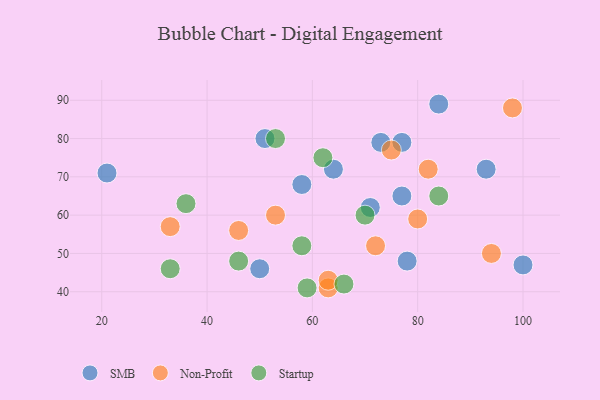
{"axis": {"x": "GDP", "y": "Life Expectancy"}, "legend": ["Non-Profit", "SMB", "Startup"], "data": [{"x": "93", "y": 72, "type": "SMB"}, {"x": "64", "y": 72, "type": "SMB"}, {"x": "58", "y": 68, "type": "SMB"}, {"x": "77", "y": 79, "type": "SMB"}, {"x": "77", "y": 65, "type": "SMB"}, {"x": "100", "y": 47, "type": "SMB"}, {"x": "78", "y": 48, "type": "SMB"}, {"x": "21", "y": 71, "type": "SMB"}, {"x": "71", "y": 62, "type": "SMB"}, {"x": "51", "y": 80, "type": "SMB"}, {"x": "50", "y": 46, "type": "SMB"}, {"x": "73", "y": 79, "type": "SMB"}, {"x": "84", "y": 89, "type": "SMB"}, {"x": "46", "y": 56, "type": "Non-Profit"}, {"x": "63", "y": 41, "type": "Non-Profit"}, {"x": "33", "y": 57, "type": "Non-Profit"}, {"x": "53", "y": 60, "type": "Non-Profit"}, {"x": "94", "y": 50, "type": "Non-Profit"}, {"x": "98", "y": 88, "type": "Non-Profit"}, {"x": "82", "y": 72, "type": "Non-Profit"}, {"x": "72", "y": 52, "type": "Non-Profit"}, {"x": "75", "y": 77, "type": "Non-Profit"}, {"x": "80", "y": 59, "type": "Non-Profit"}, {"x": "63", "y": 43, "type": "Non-Profit"}, {"x": "53", "y": 80, "type": "Startup"}, {"x": "46", "y": 48, "type": "Startup"}, {"x": "59", "y": 41, "type": "Startup"}, {"x": "58", "y": 52, "type": "Startup"}, {"x": "84", "y": 65, "type": "Startup"}, {"x": "70", "y": 60, "type": "Startup"}, {"x": "62", "y": 75, "type": "Startup"}, {"x": "36", "y": 63, "type": "Startup"}, {"x": "33", "y": 46, "type": "Startup"}, {"x": "66", "y": 42, "type": "Startup"}]}